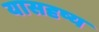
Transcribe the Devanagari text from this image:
यासदृष्य